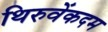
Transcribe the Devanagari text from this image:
थिरुवेंकदम